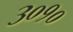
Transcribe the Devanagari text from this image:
३०१०